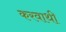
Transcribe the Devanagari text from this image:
करवाथी